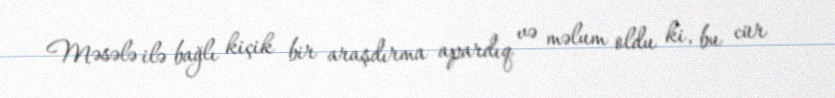
Məsələ ilə bağlı kiçik bir araşdırma apardıq və məlum oldu ki, bu cür